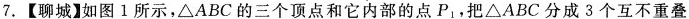
7.【聊城】如图1所示，\triangle ABC的三个顶点和它内部的点P_{1}，把\triangle ABC分成3个互不重叠